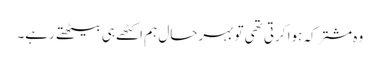
وہ مشترکہ ہوا کرتی تھی تو بہرحال ہم اکٹھے ہی بیٹھتے رہے۔